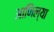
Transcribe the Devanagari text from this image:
आणिल्या